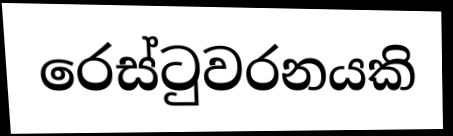
රෙස්ටුවරනයකි